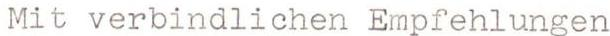
Mit verbindlichen Empfehlungen